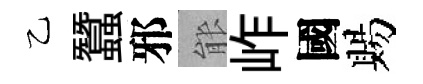
乙蠶邪䏻岞國賜